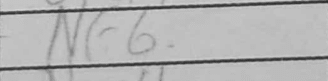
Transcription: Nf6